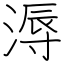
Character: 溽